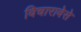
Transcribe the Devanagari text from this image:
विचारावेसे